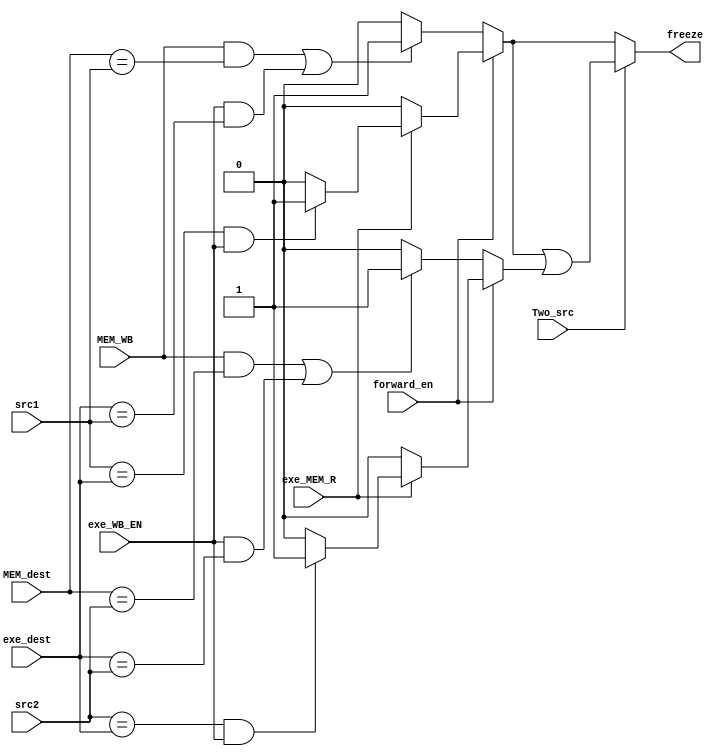
module haz_det(src1,src2,Two_src,MEM_dest,MEM_WB,exe_dest,exe_WB_EN,exe_MEM_R,forward_en,freeze);
input [3:0]src1,src2,MEM_dest,exe_dest;
input Two_src,MEM_WB,exe_WB_EN,exe_MEM_R,forward_en;
output freeze;

reg first,second;

always @(*) begin
    {first,second}=2'b0;
    if(~forward_en)begin
        if((MEM_WB && (MEM_dest==src1)) || (exe_WB_EN && (exe_dest==src1)))begin
            first=1'b1;
        end
        if((MEM_WB && (MEM_dest==src2)) || (exe_WB_EN && (exe_dest==src2)))begin
            second=1'b1;
        end
    end
    else begin
        if(exe_MEM_R) begin
            if((src1==exe_dest)&&(exe_WB_EN==1'b1))begin
                first=1'b1;
            end
            if((src2==exe_dest)&&(exe_WB_EN==1'b1))begin
                second=1'b1;
            end
        end
    end
end

assign freeze=(Two_src)?(first|second):first;

endmodule

// module haz_det (src1, src2, Two_src, MEM_dest, MEM_WB, exe_dest, exe_WB_EN, exe_MEM_R, forward_en, freeze);

// input [3:0] src1, src2, MEM_dest, exe_dest;
// input Two_src, MEM_WB, exe_WB_EN, exe_MEM_R, forward_en;
// output freeze;

// reg first, second;

// always @* begin
//     first = 1'b0;
//     second = 1'b0;
//     if (~forward_en && (MEM_WB || exe_WB_EN)) begin
//         if (MEM_dest == src1 || exe_dest == src1)
//             first = 1'b1;
//         if (MEM_dest == src2 || exe_dest == src2)
//             second = 1'b1;
//     end else if (forward_en && exe_MEM_R) begin
//         if (exe_WB_EN && src1 == exe_dest)
//             first = 1'b1;
//         if (exe_WB_EN && src2 == exe_dest)
//             second = 1'b1;
//     end
// end

// assign freeze = Two_src ? (first & second) : first;

// endmodule